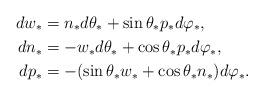
LaTeX: \begin{align*}d w_* & = n_* d\theta_* + \sin \theta_* p_* d\varphi_*, \\dn_* & = - w_* d\theta_* + \cos \theta_* p_* d\varphi_*, \\d p_* & = - (\sin \theta_* w_* + \cos \theta_* n_*) d\varphi_*.\end{align*}